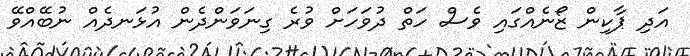
އަދި ޕާކިން ޒޯނެއްގައި ވެސް ހަތް ދުވަހަށް ވުރެ ގިނަވަންދެން އުޅަނދެއް ނުބޭއްވޭ